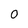
Character: 0